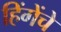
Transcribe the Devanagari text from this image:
हिंगेंचे